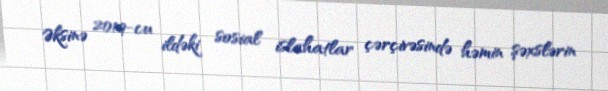
Əksinə 2019-cu ildəki sosial islahatlar çərçivəsində həmin şəxslərin